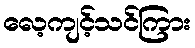
လေ့ကျင့်သင်ကြား